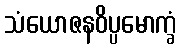
သံယောဇနဝိပ္ပမောက္ခံ